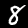
Digit: 8